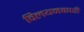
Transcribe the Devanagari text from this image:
विलयनकारी